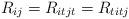
LaTeX: \begin{align*} R_{ij} = R_{itjt} = R_{titj}\end{align*}